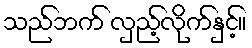
သည်ဘက် လှည့်လိုက်နှင့်။